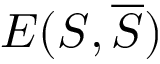
E ( S , { \overline { { S } } } )